Petseri_perekonnanimede_kartoteek, lk 7
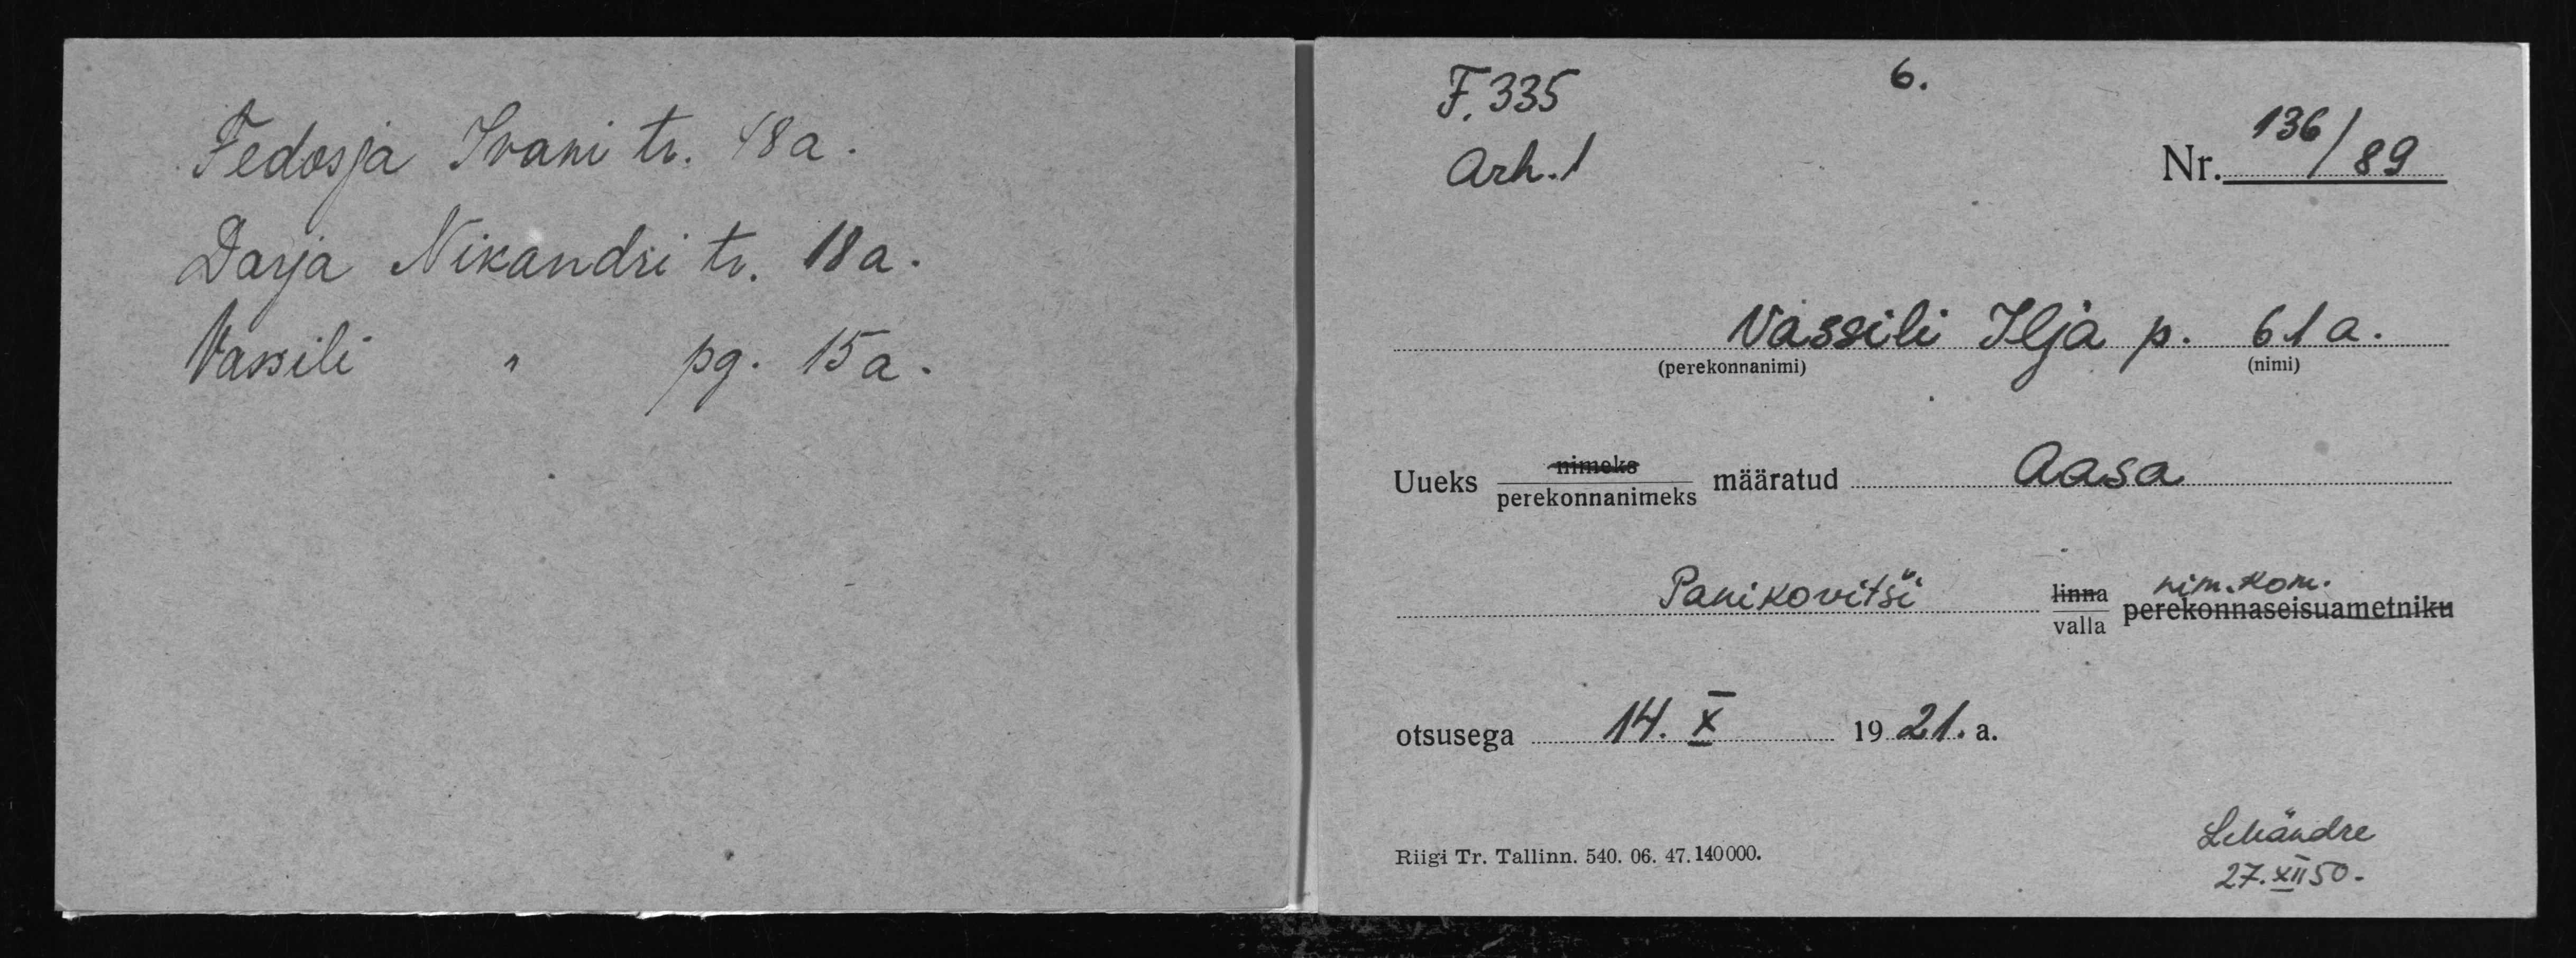
Fedosja Ivani tr 48a.
Darja Nikandri tr. 18 a.
Wassili
pg. 15 a.

F. 335
Nr. /89
Arh. 1
Vassili Ilja p. 61a.
(perekonnanimi)
Aasa.
Uueks perekonnanimeks määratud
nim. kom
linna
Panikovitši
valla perekonnaseisuametniku
1921.a.
otsusega 14.X
LMändre
Riigi Tr. Tallinn. 540. 06. 47. 140000.
27.XII 50.